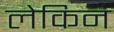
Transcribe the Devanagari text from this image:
लेकिन